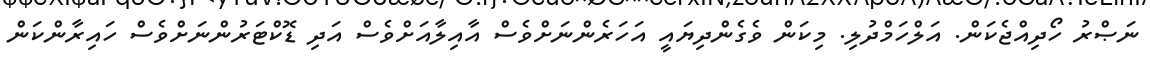
ނަޞްރު ހޯދިއްޖެކަން. އަލްހަމްދުލި. މިކަން ވެގެންދިޔައީ އަހަރެންނަށްވެސް އާއިލާއަށްވެސް އަދި ޑޮކްޓަރުންނަށްވެސް ހައިރާންކަން